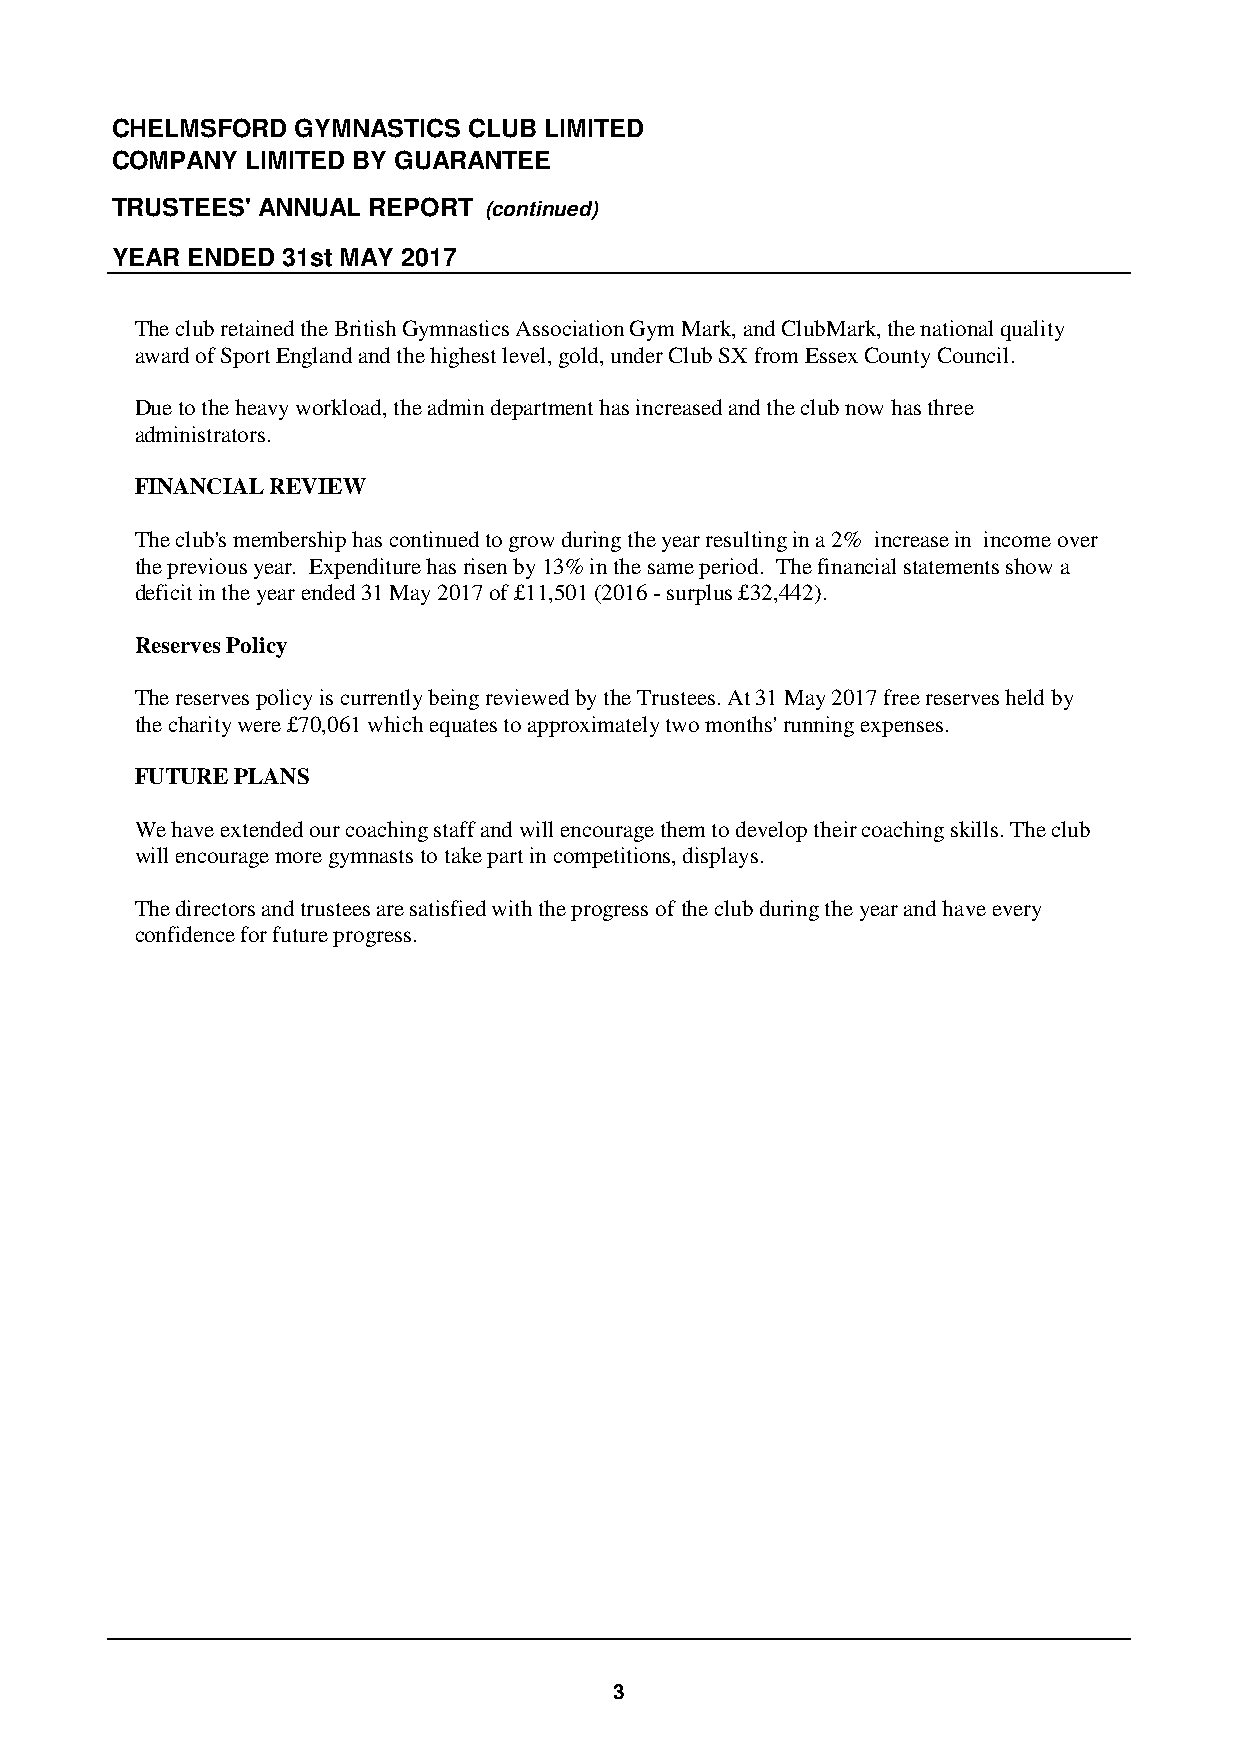
CHELMSFORD   GYMNASTICS CLUB LIMITED
 COMPANY  LIMITED BY GUARANTEE
 TRUSTEES' ANNUAL REPORT  (continued)
 YEAR ENDED  31st MAY 2017
 Theclub retained the British Gymnastics Association Gym Mark, and ClubMark, the national quality
 award of Sport England and the highest level, gold, under Club SX from Essex County Council.
 Due to the heavy workload, the admin department has increased and the club now has three
 administrators.
 FINANCIAL REVIEW
 The club's membership has continued to grow during the year resulting in a 2% increase in income over
 the previous year. Expenditure has risen by 13% in the same period. The financial statements show a
 deficit in the year ended 31 May 2017 of £11,501 (2016 -surplus £32,442).
 Reserves Policy
 Thereserves policy is currently being reviewed by the Trustees. At 31 May 2017 free reserves held by
 the charity were £70,061which equates to approximately two months' running expenses.
 FUTURE PLANS
 We have extended our coaching staff and will encourage them to develop their coaching skills. The club
 will encourage more gymnasts to take part in competitions, displays.
 The directors and trustees are satisfied with the progress of the club during the year and have every
 confidence for future progress.
 3